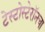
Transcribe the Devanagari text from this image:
टेस्टोस्टेरॉनचा